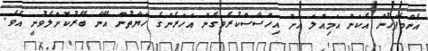
އެންމެފަހުން އެކަން އަމިއްލަ އަށް އިހްސާސްކުރެވިގެން އަހަރެންގެ ހަޔާތުން އޭނާ ބޭރުކޮށްލެވުނީ އެވެ.